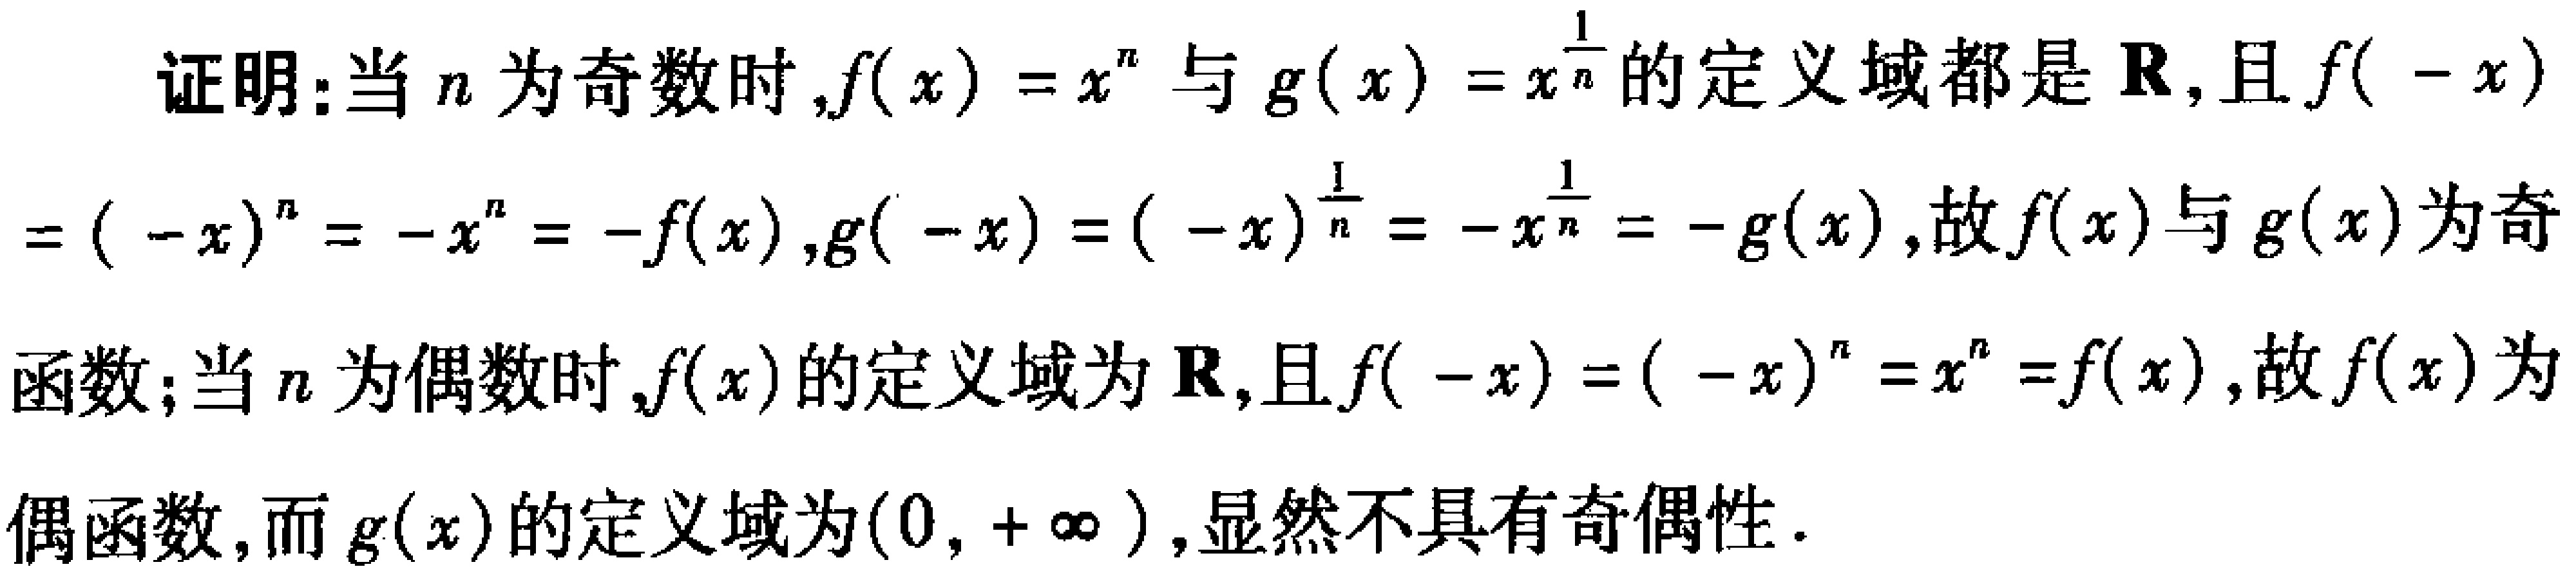
证明：当 \(n\) 为奇数时，\(f(x)=x^{n}\) 与 \(g(x)=x^{\frac{1}{n}}\) 的定义域都是 \(\mathbf{R}\)，且 \(f(-x)=(-x)^{n}=-x^{n}=-f(x)\)，\(g(-x)=(-x)^{\frac{1}{n}}=-x^{\frac{1}{n}}=-g(x)\)，故 \(f(x)\) 与 \(g(x)\) 为奇函数；当 \(n\) 为偶数时，\(f(x)\) 的定义域为 \(\mathbf{R}\)，且 \(f(-x)=(-x)^{n}=x^{n}=f(x)\)，故 \(f(x)\) 为偶函数，而 \(g(x)\) 的定义域为 \((0,+\infty)\)，显然不具有奇偶性。